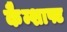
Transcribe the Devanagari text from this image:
कैम्शाफ्ट